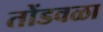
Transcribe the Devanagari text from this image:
तोंडवळा